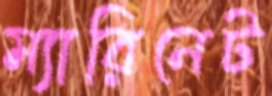
ম্যারিনেট